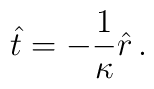
\hat t=-\frac{1}{\kappa}\hat r\,.